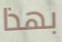
بهذا